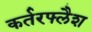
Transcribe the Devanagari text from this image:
कर्तरफ्लैश